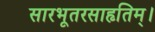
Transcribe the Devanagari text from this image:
सारभूतरसाहृतिम्।